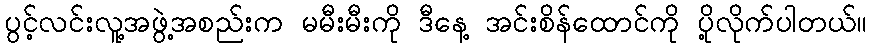
ပွင့်လင်းလူ့အဖွဲ့အစည်းက မမီးမီးကို ဒီနေ့ အင်းစိန်ထောင်ကို ပို့လိုက်ပါတယ်။